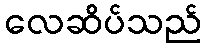
လေဆိပ်သည်